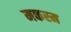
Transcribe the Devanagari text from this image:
मकरम